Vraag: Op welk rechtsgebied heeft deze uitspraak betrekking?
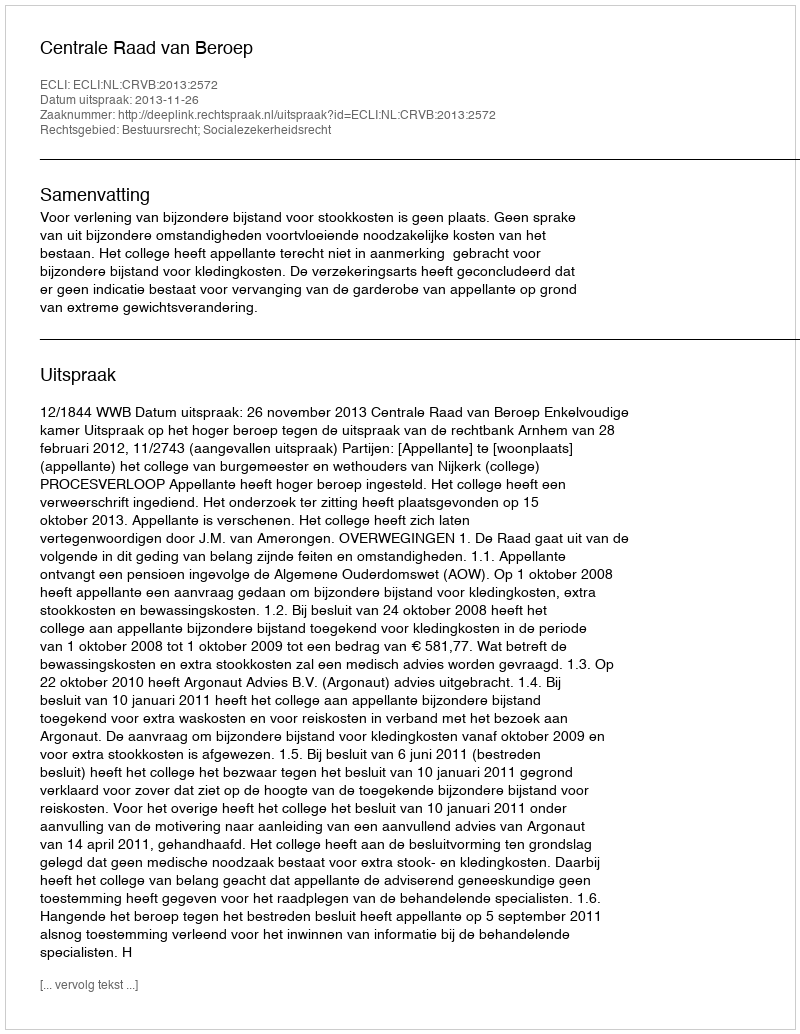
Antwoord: Bestuursrecht; Socialezekerheidsrecht